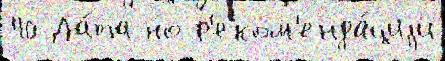
40 Да́та но р'еком'енда́циjи